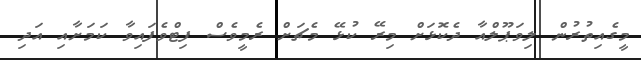
މީގެއިތުރުން ލިވަޕޫލްއާ ދެކޮޅަށް މިރޭ ކުޅޭ މެޗަށް ރެމީވެސް ފިޓްވެފައިވާ ކަމަށާއި އަދި